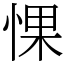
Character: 惈